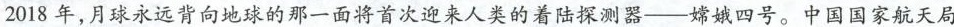
2018年，月球永远背向地球的那一面将首次迎来人类的着陆探测器—嫦娥四号。中国国家航天局